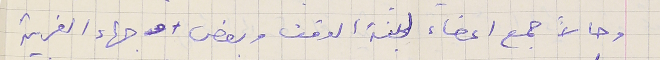
وحالاً جمع اعضاء لجنة الوقف وبعض وجهاء الغربية